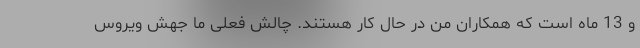
و 13 ماه است که همکاران من در حال کار هستند. چالش فعلی ما جهش ویروس